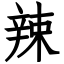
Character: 辣